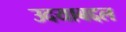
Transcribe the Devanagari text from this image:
उदयाबद्दल